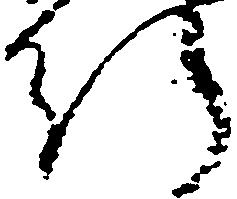
行